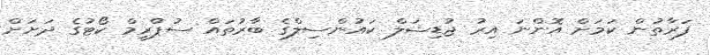
ފަރާތުން ކަމަށް އޮންނަ އިރު ޖުޑިޝަލް ކައުންސިލްގެ ބާރުތައް ސުޕްރީމް ކޯޓުގެ ދަށަށް